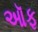
ઑફ